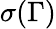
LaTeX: \sigma(\Gamma)